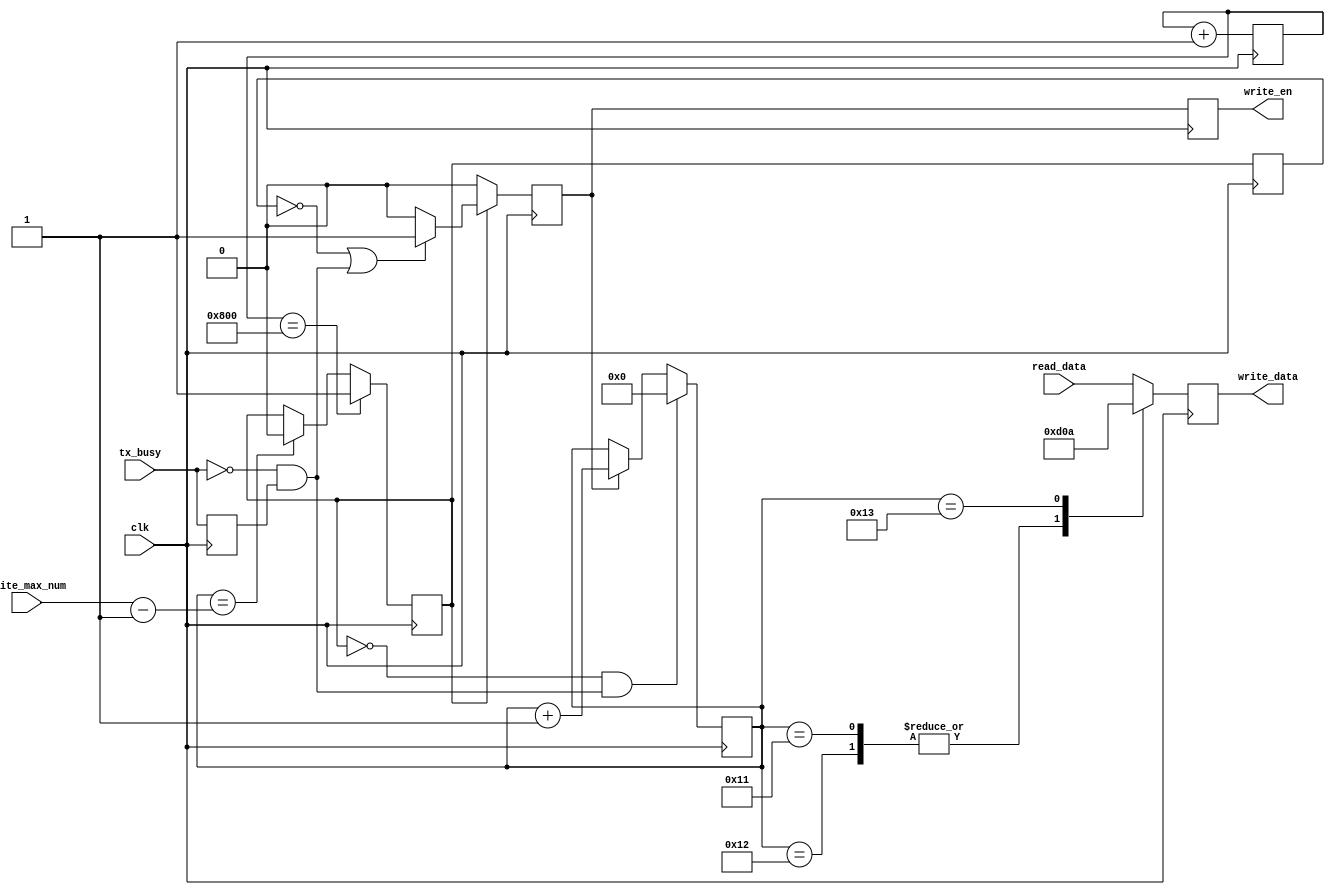
`timescale 1ns / 1ps
//////////////////////////////////////////////////////////////////////////////////
// Company:Meyesemi 
// 
// Design Name:  
// Module Name: 
// Project Name: 
// Target Devices: Pango
// Tool Versions: 
// Description: 
//      
// Dependencies: 
// 
// Revision:
// Revision 1.0 - File Created
// Additional Comments:
// 
//////////////////////////////////////////////////////////////////////////////////

`define UD #1
module uart_data_gen(
    input               clk,
    input      [7:0]    read_data,
    input               tx_busy,
    input      [7:0]    write_max_num,
    output reg [7:0]    write_data,
    output reg          write_en
);
    
    // set every second send a string,"====HELLO WORLD==="
    //  
    reg [25:0] time_cnt=0;  
    reg [ 7:0] data_num;
    always @(posedge clk)
    begin
        time_cnt <= `UD time_cnt + 26'd1;
    end
    
    // 
    reg        work_en=0;
    reg        work_en_1d=0;
    always @(posedge clk)
    begin
        if(time_cnt == 26'd2048)
            work_en <= `UD 1'b1;
        else if(data_num == write_max_num-1'b1)
            work_en <= `UD 1'b0;
    end
    
    always @(posedge clk)
    begin
        work_en_1d <= `UD work_en;
    end

    // get the tx_busys falling edge   tx_busy
    reg            tx_busy_reg=0;
    wire           tx_busy_f;
    always @ (posedge clk) tx_busy_reg <= `UD tx_busy;
    
    assign tx_busy_f = (!tx_busy) && (tx_busy_reg);
    
    // 
    reg write_pluse;
    always @ (posedge clk)
    begin
        if(work_en)
        begin
            if(~work_en_1d || tx_busy_f) //tx_busywork_en
                write_pluse <= `UD 1'b1;
            else
                write_pluse <= `UD 1'b0;
        end
        else
            write_pluse <= `UD 1'b0;
    end
    
//8
    always @ (posedge clk)
    begin
        if(~work_en & tx_busy_f)
            data_num   <= 7'h0;
        else if(write_pluse)
            data_num   <= data_num + 8'h1;
    end
    
    always @(posedge clk)
    begin
        write_en <= `UD write_pluse;
    end



    always @ (posedge clk)
    begin
        case(data_num)
            8'h0  ,
            8'h1  :	write_data <= `UD read_data;//8'h77;// ASCII code is w
            8'h2  :	write_data <= `UD read_data;//8'h77;// ASCII code is w
            8'h3  :	write_data <= `UD read_data;//8'h77;// ASCII code is w
            8'h4  :	write_data <= `UD read_data;//8'h2E;// ASCII code is .
            8'h5  :	write_data <= `UD read_data;//8'h6D;// ASCII code is m
            8'h6  :	write_data <= `UD read_data;//8'h65;// ASCII code is e
            8'h7  :	write_data <= `UD read_data;//8'h79;// ASCII code is y
            8'h8  :	write_data <= `UD read_data;//8'h65;// ASCII code is e
            8'h9  :	write_data <= `UD read_data;//8'h73;// ASCII code is s
            8'ha  :	write_data <= `UD read_data;//8'h65;// ASCII code is e
            8'hb  :	write_data <= `UD read_data;//8'h6D;// ASCII code is m
            8'hc  :	write_data <= `UD read_data;//8'h69;// ASCII code is i  
            8'hd  :	write_data <= `UD read_data;//8'h2E;// ASCII code is .  
            8'he  :	write_data <= `UD read_data;//8'h63;// ASCII code is c    
            8'hf  :	write_data <= `UD read_data;//8'h6F;// ASCII code is o
            8'h10 :	write_data <= `UD read_data;//8'h6D;// ASCII code is m  
            8'h11 ,
            8'h12 :	write_data <= `UD 8'h0d;
            8'h13 :	write_data <= `UD 8'h0a;
            default :	write_data <= `UD read_data;
        endcase
    end


/*
    always @ (posedge clk)
    begin
        case(data_num)
            8'h0  ,
            8'h1  :	write_data <= `UD  8'h77;// ASCII code is w
            8'h2  :	write_data <= `UD  8'h77;// ASCII code is w
            8'h3  :	write_data <= `UD  8'h77;// ASCII code is w
            8'h4  :	write_data <= `UD  8'h2E;// ASCII code is .
            8'h5  :	write_data <= `UD  8'h6D;// ASCII code is m
            8'h6  :	write_data <= `UD  8'h65;// ASCII code is e
            8'h7  :	write_data <= `UD  8'h79;// ASCII code is y
            8'h8  :	write_data <= `UD  8'h65;// ASCII code is e
            8'h9  :	write_data <= `UD  8'h73;// ASCII code is s
            8'ha  :	write_data <= `UD  8'h65;// ASCII code is e
            8'hb  :	write_data <= `UD  8'h6D;// ASCII code is m
            8'hc  :	write_data <= `UD  8'h69;// ASCII code is i  
            8'hd  :	write_data <= `UD  8'h2E;// ASCII code is .  
            8'he  :	write_data <= `UD  8'h63;// ASCII code is c    
            8'hf  :	write_data <= `UD  8'h6F;// ASCII code is o
            8'h10 :	write_data <= `UD  8'h6D;// ASCII code is m  
            8'h11 ,
            8'h12 :	write_data <= `UD 8'h0d;
            8'h13 :	write_data <= `UD 8'h0a;
            default :	write_data <= `UD read_data;
        endcase
    end
*/

endmodule